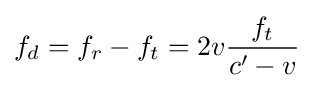
f_{d}=f_{r}-f_{t}=2v{\frac {f_{t}}{c'-v}}